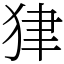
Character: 𤝽